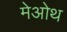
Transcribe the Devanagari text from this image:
मेओथ